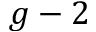
g - 2